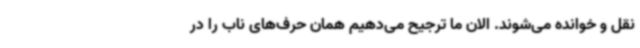
نقل و خوانده می‌شوند. الان ما ترجیح می‌دهیم همان حرف‌های ناب را در